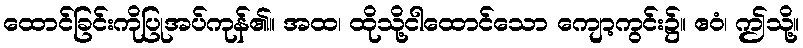
ထောင်ခြင်းကိုပြုအပ်ကုန်၏။ အထ၊ ထိုသို့ငါထောင်သော ကျော့ကွင်း၌။ ဧဝံ၊ ဤသို့။